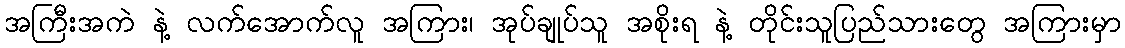
အကြီးအကဲ နဲ့ လက်အောက်လူ အကြား၊ အုပ်ချုပ်သူ အစိုးရ နဲ့ တိုင်းသူပြည်သားတွေ အကြားမှာ